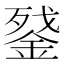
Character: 𰼵